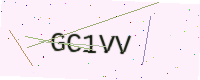
Text: GC1VV